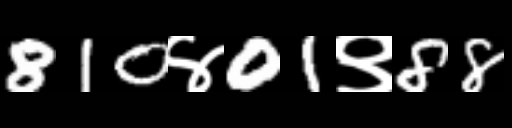
Text: 810४01९88